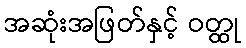
အဆုံးအဖြတ်နှင့် ဝတ္ထု